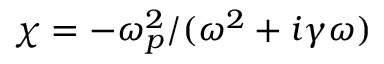
\chi = - \omega _ { p } ^ { 2 } / ( \omega ^ { 2 } + i \gamma \omega )